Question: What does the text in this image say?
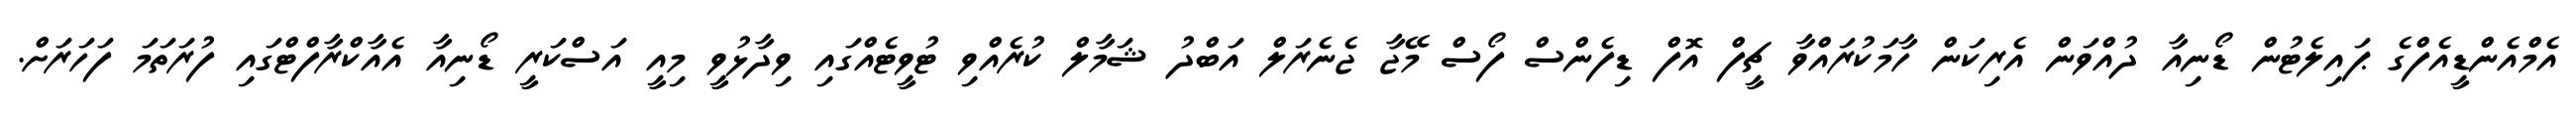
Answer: އެމްއެންޑީއެފްގެ ޕައިލެޓުން ޑޯނިއާ ދުއްވަން އެރިކަން ހާމަކުރައްވާ ޗީފް އޮފް ޑިފެންސް ފޯސް މޭޖާ ޖެނެރަލް އަބްދު ޝަމާލް ކުރެއްވި ޓުވީޓެއްގައި ވިދާޅުވީ މިއީ އަސްކަރީ ޑޯނިއާ އެއާކްރާފްޓްގައި ފުރަތަމަ ފަހަރަށް.